NAE_ERA_R-30_Eesti_Riiklik_Spordiamet, lk 171
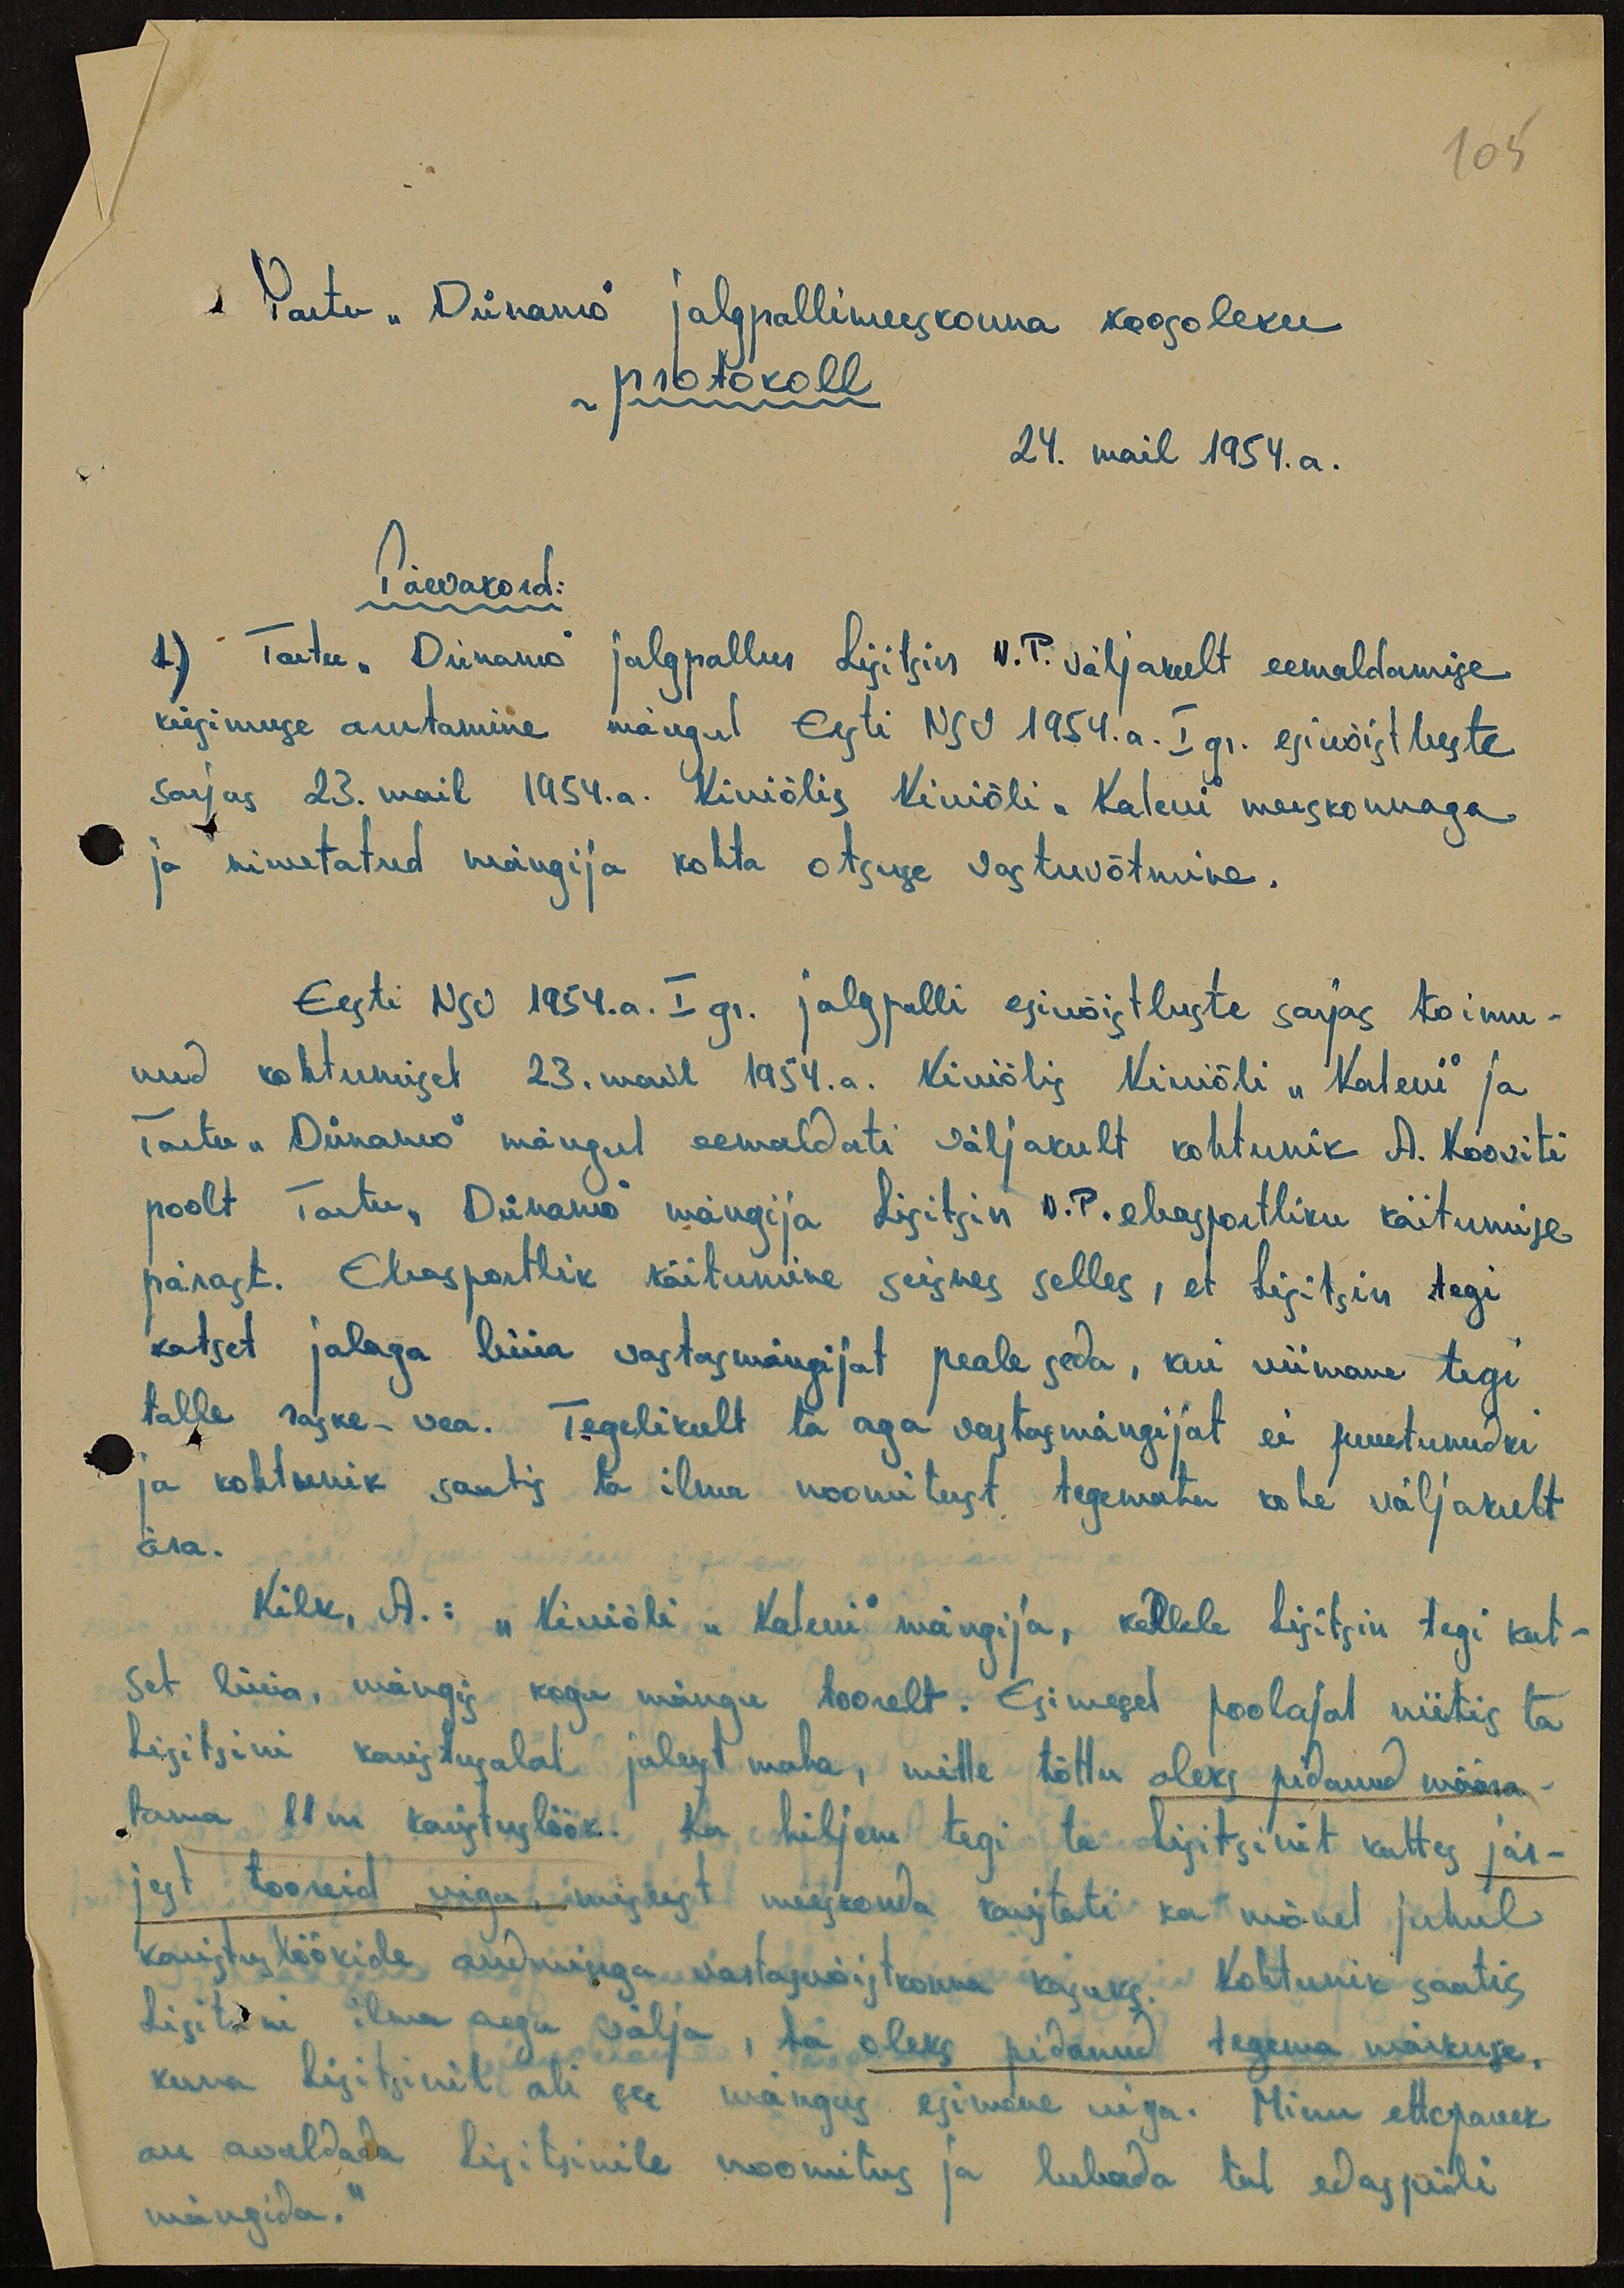
105

Tartu "Dünamo" jalgpallimeeskonna koosoleku
protokoll.
24. mail 1954.a.
Päevakord:
1) Tartu "Dünamo" jalgpallur Lisitsin V.P. väljakult eemaldamise
küsimuse arutamine mängul Eesti NSV 1954.a. I gr. esivõistluste
sarjas 23. mail 1954.a. Kiviõlis Kiviõli "Kalevi" meeskonnaga
ja nimetatud mängija kohta otsuse vastuvõtmine.
Eesti NSV 1954.a. I gr. jalgpalli esivõistluste sarjas toimu-
nud kohtumisel 23. mail 1954.a. Kiviõlis Kiviõli "Kalevi" ja
Tartu "Dünamo" mängul eemaldati väljakult kohtunik A. Kooviti
poolt Tartu "Dünamo" mängija Lisitsin V.P. ebasportliku käitumise
pärast. Ebasportlik käitumine seisnes selles, et Lisitsin tegi
katset jalaga lüüa vastasmängijat peale seda, kui viimane tegi
talle raske vea. Tegelikult ta aga vastasmängijat ei puutunudki
ja kohtunik saatis ta ilma noomitust tegemata kohe väljakult
ära.
Kilk, A.: "Kiviõli "Kalevi" mängija, kellele Lisitsin tegi kat-
set lüüa, mängis kogu mängu toorelt. Esimesel poolajal niitis ta
Lisitsini karistusalal jalust maha, mille tõttu oleks pidanud määra-
tama 11m karistuslöök. Ka hiljem tegi ta Lisitsinit kattes jär-
jest tooreid vigu, mis eest meeskonda karistati ka mõnel juhul
karistuslöökide andmisega vastasvõistkonna kasuks. Kohtunik saatis
Lisitsini ilma aegu välja, ta oleks pidanud tegema märkuse,
kuna Lisitsinil oli see mängus esimene viga. Minu ettepanek
on avaldada Lisitsinile noomitus ja lubada tal edaspidi
mängida."